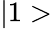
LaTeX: |1>